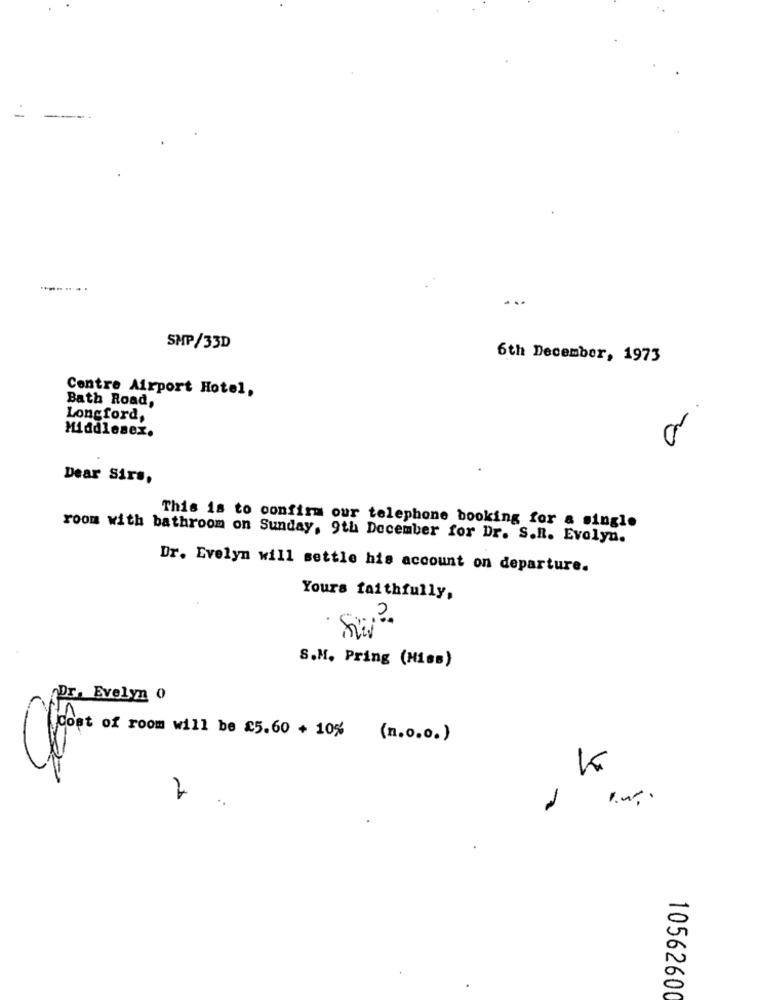
SMP/33D
6th December, 1973
Centre Airport Hotel,
Bath Road,
a.
Longford,
Middlesex.
Dear Sirs,
This is to confirm our telephone booking for a single
room with bathroom on Sunday, 9th December for Dr. S.R. Evelyn.
Dr. Evelyn will settle his account on departure.
Yours faithfully,
S.M. Pring (Miss)
Dr. Evelyn 0
Cost of room will be 25.60 + 10% (n.o.o. )
2
10562600